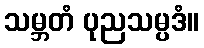
သမ္ဘတံ ပုညသမ္ပဒံ။